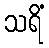
သရိံ